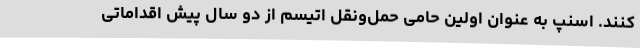
کنند. اسنپ به عنوان اولین حامی حمل‌و‌نقل اتیسم از دو سال پیش اقداماتی